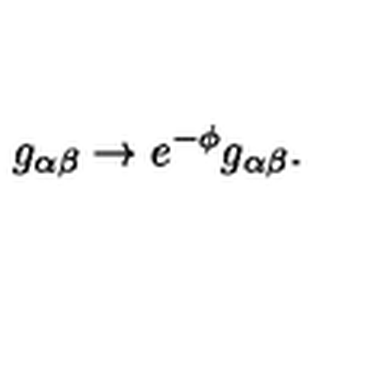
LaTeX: g _ { \alpha \beta } \rightarrow e ^ { - \phi } g _ { \alpha \beta } .